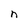
Character: n